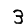
Digit: 3